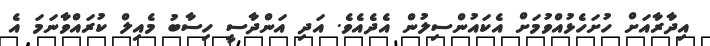
އިދާރާއަށް ހުށަހެޅުއްވުމަށް އެކައުންސިލުން އެދެއެވެ. އަދި އަންދާސީ ހިސާބު މެއިލް ކުރައްވާނަމަ އެ